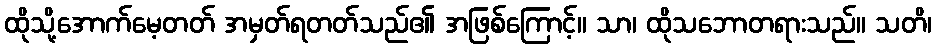
ထိုသို့အောက်မေ့တတ် အမှတ်ရတတ်သည်၏ အဖြစ်ကြောင့်။ သာ၊ ထိုသဘောတရားသည်။ သတိ၊